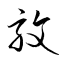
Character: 馼